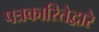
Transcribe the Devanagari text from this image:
पत्रकारितेद्वारे